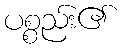
ပစ္စည်း၏